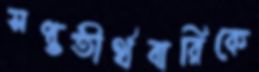
সপ্ততীর্থবারিকে